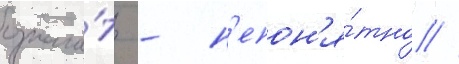
означа́ть - н'епон'я́тно //